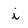
Character: i